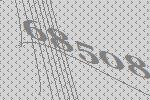
68508